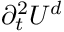
\partial _ { t } ^ { 2 } U ^ { d }